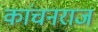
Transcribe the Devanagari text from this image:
कांचनराज